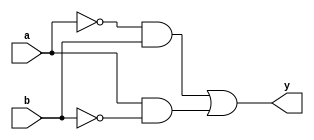
module xor_gate (
    input a,
    input b,
    output y
);

// Define the CMOS logic implementation of XOR gate
// Using complementary pairs of NMOS and PMOS transistors

assign y = (~a & b) | (a & ~b);

endmodule